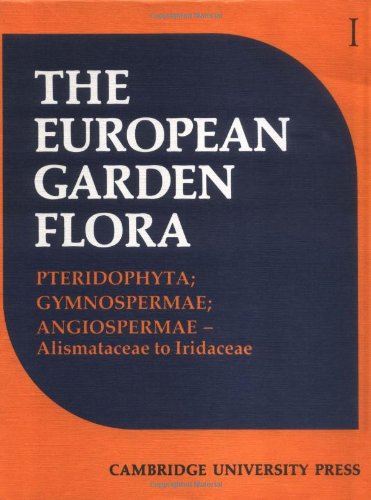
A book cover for European Garden Flora: A Manual for the Identification of Plants Cultivated in Europe, Both Out-of-Doors and under Glass (Volume 1); Science & Math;